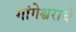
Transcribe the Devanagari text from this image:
गांगेश्वराचे